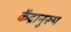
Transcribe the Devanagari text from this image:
केंद्रानुरूप